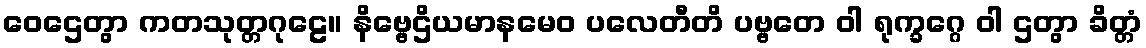
ဝေဌေတွာ ကတသုတ္တဂုဠေ။ နိဗ္ဗေဌိယမာနမေဝ ပလေတီတိ ပဗ္ဗတေ ဝါ ရုက္ခဂ္ဂေ ဝါ ဌတွာ ခိတ္တံ